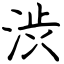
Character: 渋